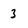
Character: 3